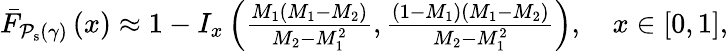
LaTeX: \begin{array}{r}{\bar{F}_{\mathcal{P}_{\mathrm{s}}\left(\gamma\right)}\left(x\right)\approx 1-I_{x}\left(\frac{M_{1}\left(M_{1}-M_{2}\right)}{M_{2}-M_{1}^{2}},\frac{\left(1-M_{1}\right)\left(M_{1}-M_{2}\right)}{M_{2}-M_{1}^{2}}\right),\quad x\in[0,1],}\end{array}